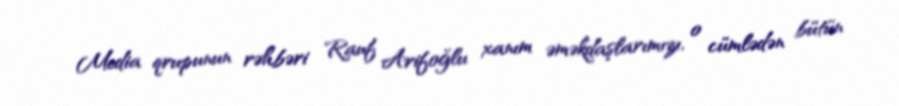
Media qrupunun rəhbəri Rauf Arifoğlu xanım əməkdaşlarımızı, o cümlədən bütün